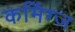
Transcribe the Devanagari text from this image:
कमिंग्ज